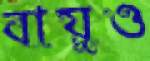
বায়ুও